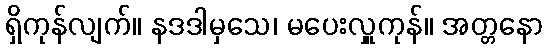
ရှိကုန်လျက်။ နဒဒါမှသေ၊ မပေးလှူကုန်။ အတ္တနော